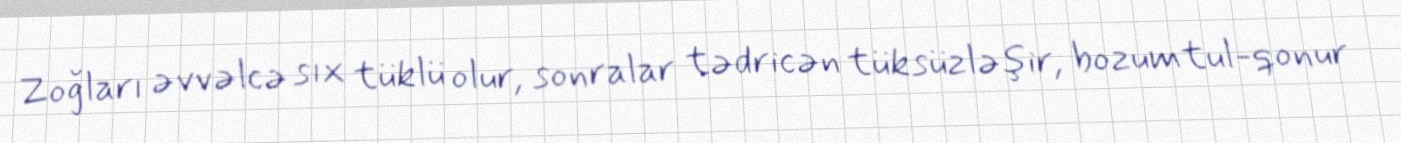
Zoğları əvvəlcə sıx tüklü olur, sonralar tədricən tüksüzləşir, bozumtul-qonur